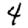
Digit: 4